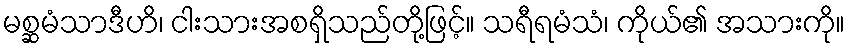
မစ္ဆမံသာဒီဟိ၊ ငါးသားအစရှိသည်တို့ဖြင့်။ သရီရမံသံ၊ ကိုယ်၏ အသားကို။